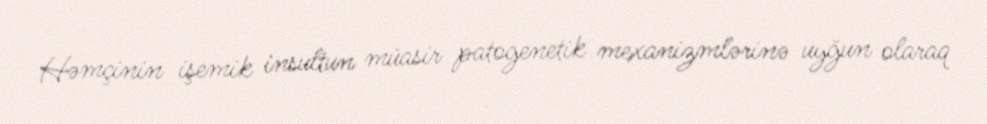
Həmçinin işemik insultun müasir patogenetik mexanizmlərinə uyğun olaraq